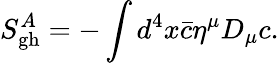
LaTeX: S_{\mathrm{gh}}^{A}=-\int d^{4}x{\bar{c}}\eta^{\mu}D_{\mu}c.